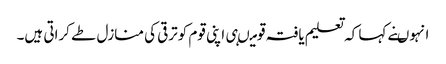
انہوںنے کہا کہ تعلیم یافتہ قومیںہی اپنی قوم کوترقی کی منازل طے کراتی ہیں۔